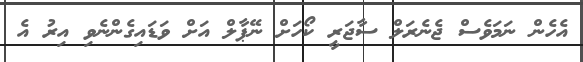
އެހެން ނަމަވެސް ޖެނެރަލް ސާޖަރީ ކޯހަށް ނޭޕާލް އަށް ވަޑައިގެންނެވި އިރު އެ